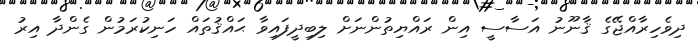
ދިވެހިރާއްޖޭގެ ޤާނޫނު އަސާސީ އިން ރައްޔިތުންނަށް ލިބިދީފައިވާ ޙައްޤުތައް ހަނިކުރަމުން ގެންދާ އިރު